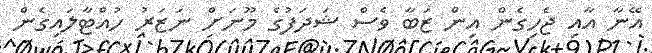
އޭނާ އާއި ޖެހިގެން އިން ޒަބާ ވެސް ޝަދަފުގެ މޫނަށް ނަޒަރު ހުއްޓާލައިގެން